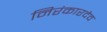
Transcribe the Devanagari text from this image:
निरंकारदेव